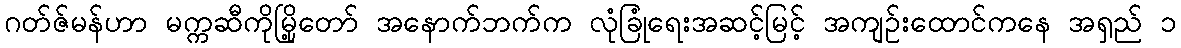
ဂတ်ဇ်မန်ဟာ မက္ကဆီကိုမြို့တော် အနောက်ဘက်က လုံခြုံရေးအဆင့်မြင့် အကျဉ်းထောင်ကနေ အရှည် ၁